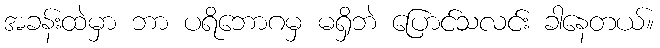
အခန်းထဲမှာ ဘာ ပရိဘောဂမှ မရှိဘဲ ပြောင်သလင်း ခါနေတယ်။